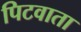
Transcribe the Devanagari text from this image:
पिटवाता